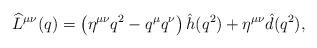
LaTeX: \begin{align*}\widehat L^{\mu\nu}(q) =\left(\eta^{\mu\nu}q^2 - q^{\mu}q^{\nu}\right)\hat h(q^2) + \eta^{\mu\nu}\hat d(q^2),\end{align*}